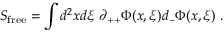
S _ { \mathrm { f r e e } } = \int d ^ { 2 } x d \xi \, \, \partial _ { + + } \Phi ( x , \xi ) d _ { - } \Phi ( x , \xi ) \, \, .